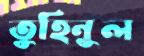
তুহিনুল